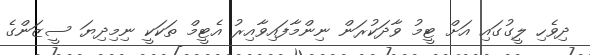
ދިވެހި ލީގުގައި އަށް ޓީމު ވާދަކުރަން ނިންމާފައިވާއިރު އެޓީމް ތަކަކީ ނިމިދިޔަ ސީޒަންގެ